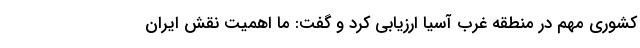
کشوری مهم در منطقه غرب آسیا ارزیابی کرد و گفت: ما اهمیت نقش ایران